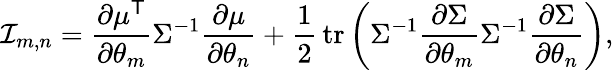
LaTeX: {\mathcal{I}}_{m,n}={\frac{\partial\mu^{\textsf{T}}}{\partial\theta_{m}}}\Sigma^{-1}{\frac{\partial\mu}{\partial\theta_{n}}}+{\frac{1}{2}}\operatorname{tr}\left(\Sigma^{-1}{\frac{\partial\Sigma}{\partial\theta_{m}}}\Sigma^{-1}{\frac{\partial\Sigma}{\partial\theta_{n}}}\right),